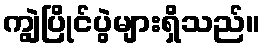
ကျွဲပြိုင်ပွဲများရှိသည်။